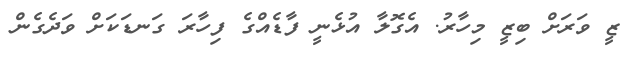
ޒީ ވަރަށް ބިޒީ މިހާރު. އެގޮލާ އުޅެނީ ފާޑެއްގެ ފިހާރަ ގަނޑަކަށް ވަދެގެން